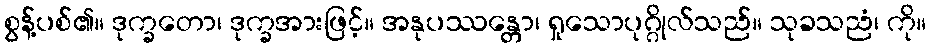
စွန့်ပစ်၏။ ဒုက္ခတော၊ ဒုက္ခအားဖြင့်။ အနုပဿန္တော၊ ရှုသောပုဂ္ဂိုလ်သည်။ သုခသညံ၊ ကို။